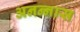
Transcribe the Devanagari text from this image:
अनन्‍नास